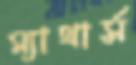
ম্যাথার্স